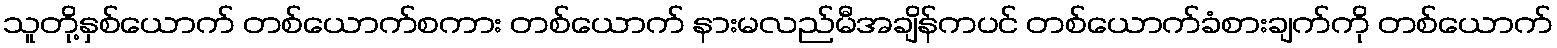
သူတို့နှစ်ယောက် တစ်ယောက်စကား တစ်ယောက် နားမလည်မီအချိန်ကပင် တစ်ယောက်ခံစားချက်ကို တစ်ယောက်